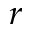
^ r